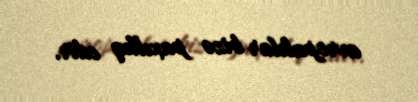
avropalılar bizə paxıllıq edir.